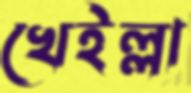
খেইল্লা